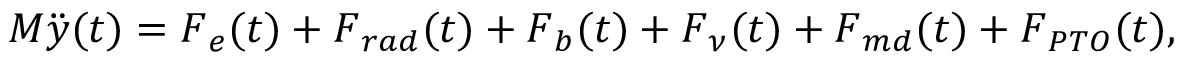
\boldsymbol { M } \Ddot { \boldsymbol { y } } ( t ) = \boldsymbol { F } _ { e } ( t ) + \boldsymbol { F } _ { r a d } ( t ) + \boldsymbol { F } _ { b } ( t ) + \boldsymbol { F } _ { \nu } ( t ) + \boldsymbol { F } _ { m d } ( t ) + \boldsymbol { F } _ { P T O } ( t ) ,